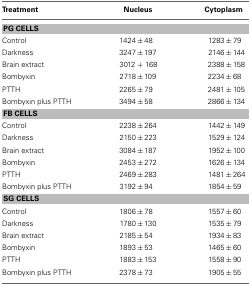
| Treatment | Nucleus | Cytoplasm |
 | --- | --- | --- |
 | <COLSPAN=3> PG CELLS |
 | Control | 1424 ± 48 | 1283 ± 79 |
 | Darkness | 3247 ± 197 | 2146 ± 144 |
 | Brain extract | 3012 + 168 | 2388 ± 158 |
 | Bombyxin | 2718 ± 109 | 2234 ± 68 |
 | PTTH | 2265 ± 79 | 2481 ± 105 |
 | Bombyxin plus PTTH | 3494 ± 58 | 2866 ± 134 |
 | <COLSPAN=3> FB CELLS |
 | Control | 2238 ± 264 | 1442 ± 149 |
 | Darkness | 2150 ± 223 | 1529 ± 124 |
 | Brain extract | 3084 ± 187 | 1952 ± 100 |
 | Bombyxin | 2453 ± 272 | 1626 ± 134 |
 | PTTH | 2469 ± 283 | 1481 ± 264 |
 | Bombyxin plus PTTH | 3192 ± 94 | 1854 ± 59 |
 | <COLSPAN=3> SG CELLS |
 | Control | 1806 ± 78 | 1557 ± 60 |
 | Darkness | 1780 ± 130 | 1535 ± 79 |
 | Brain extract | 2185 ± 54 | 1934 ± 83 |
 | Bombyxin | 1893 ± 53 | 1465 ± 60 |
 | PTTH | 1883 ± 153 | 1558 ± 90 |
 | Bombyxin plus PTTH | 2378 ± 73 | 1905 ± 55 |